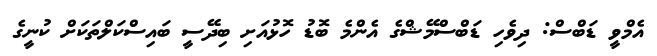
އެމްވީ ޑަބްސް: ދިވެހި ޑަބްސްމޭޝްގެ އެންމެ ބޮޑު ހޮޅުއަށި ބިދޭސީ ބައިސްކަލްތަކަށް ކުނީގެ